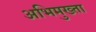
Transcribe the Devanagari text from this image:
अभिमुख्ता